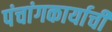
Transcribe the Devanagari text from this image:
पंचांगकार्याची